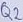
Text: Q2